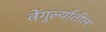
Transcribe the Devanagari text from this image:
वेंगुर्ल्यातील